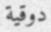
دوقية